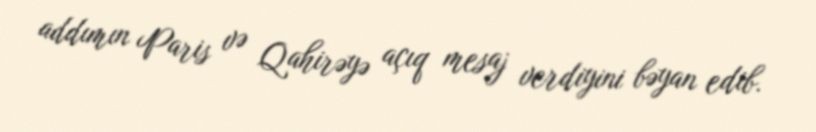
addımın Paris və Qahirəyə açıq mesaj verdiyini bəyan edib.